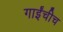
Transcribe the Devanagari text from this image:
गाईंचीच